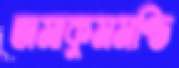
তামাকুমমণ্ডি